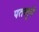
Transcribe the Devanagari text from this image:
पतलूनें